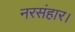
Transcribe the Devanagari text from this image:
नरसंहार।